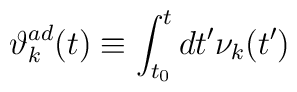
{\vartheta}_k^{ad}(t) \equiv \int_{t_0}^t dt^{\prime} {\nu}_k(t^{\prime})